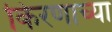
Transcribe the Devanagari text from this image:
किरणाच्या